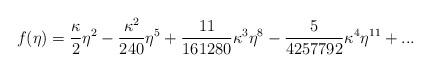
LaTeX: \begin{align*} f(\eta) = \frac{\kappa}{2}{\eta}^2 - \frac{{\kappa}^2}{240}{\eta}^5 + \frac{11}{161280}{\kappa}^3{\eta}^8 - \frac{5}{4257792}{\kappa}^4{\eta}^{11} + ... \end{align*}